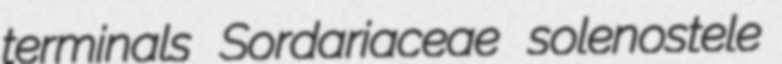
terminals Sordariaceae solenostele